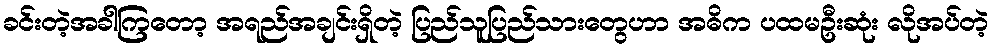
ခင်းတဲ့အခါကြတော့ အရည်အချင်းရှိတဲ့ ပြည်သူပြည်သားတွေဟာ အဓိက ပထမဦးဆုံး လိုအပ်တဲ့